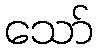
သော်